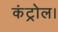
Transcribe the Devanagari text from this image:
कंट्रोल।